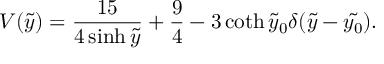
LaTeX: V ( \tilde { y } ) = \frac { 1 5 } { 4 \sinh { \tilde { y } } } + \frac { 9 } { 4 } - 3 \coth { \tilde { y } _ { 0 } } \delta ( \tilde { y } - \tilde { y _ { 0 } } ) .